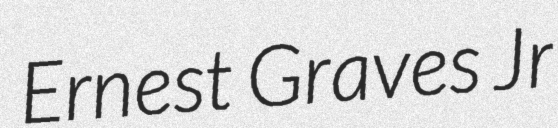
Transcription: Ernest Graves Jr